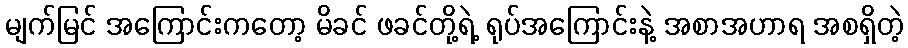
မျက်မြင် အကြောင်းကတော့ မိခင် ဖခင်တို့ရဲ့ ရုပ်အကြောင်းနဲ့ အစာအဟာရ အစရှိတဲ့